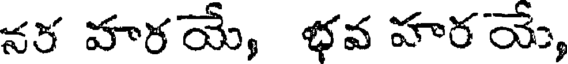
నర హరయే, భవ హరయే,